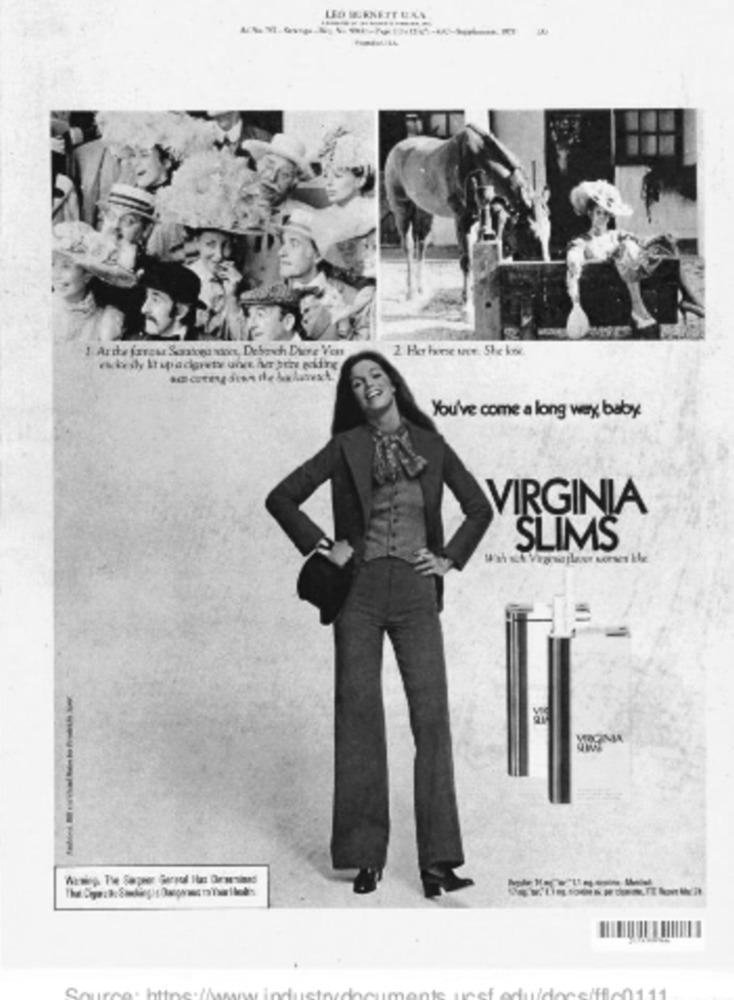
1. Artke farzur Scansiona wicz, Debosch Duere Ven
2 Her house www. She kook.
You've come a long wey baby.
VIRGINIA
SLIMS
-------